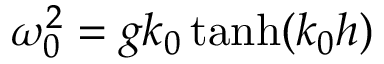
\omega _ { 0 } ^ { 2 } = g k _ { 0 } \operatorname { t a n h } ( k _ { 0 } h )